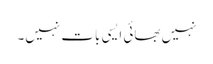
نہیں بھائی ایسی بات نہیں۔